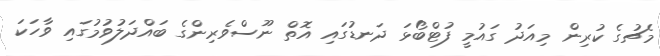
މެޗުގެ ކުރިން މިއަދު ގައުމީ ފުޓްބޯޅަ ދަނޑުގައި އޮތް ނޫސްވެރިންގެ ބައްދަލުވުމުގައި ވާހަކަ